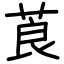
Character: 莨